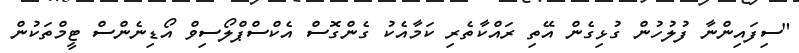
"ސިފައިންނާ ފުލުހުން ގުޅިގެން އޭތި ރައްކާތެރި ކަމާއެކު ގެންގޮސް އެކްސްޕްލޯސިވް އޯޑިނެންސް ޓީމްތަކުން